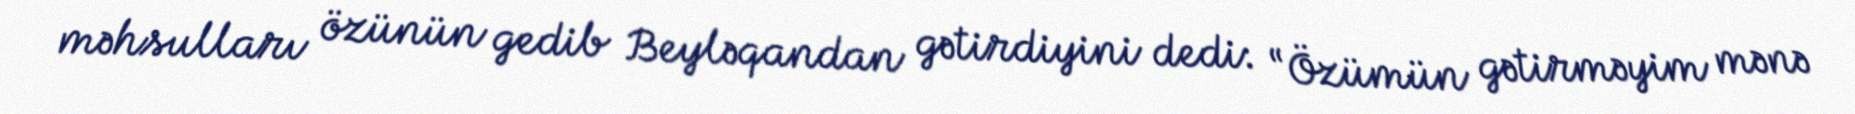
məhsulları özünün gedib Beyləqandan gətirdiyini dedi: “Özümün gətirməyim mənə